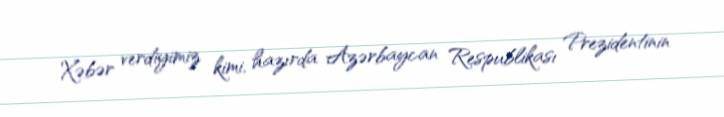
Xəbər verdiyimiz kimi, hazırda Azərbaycan Respublikası Prezidentinin